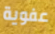
عفوية